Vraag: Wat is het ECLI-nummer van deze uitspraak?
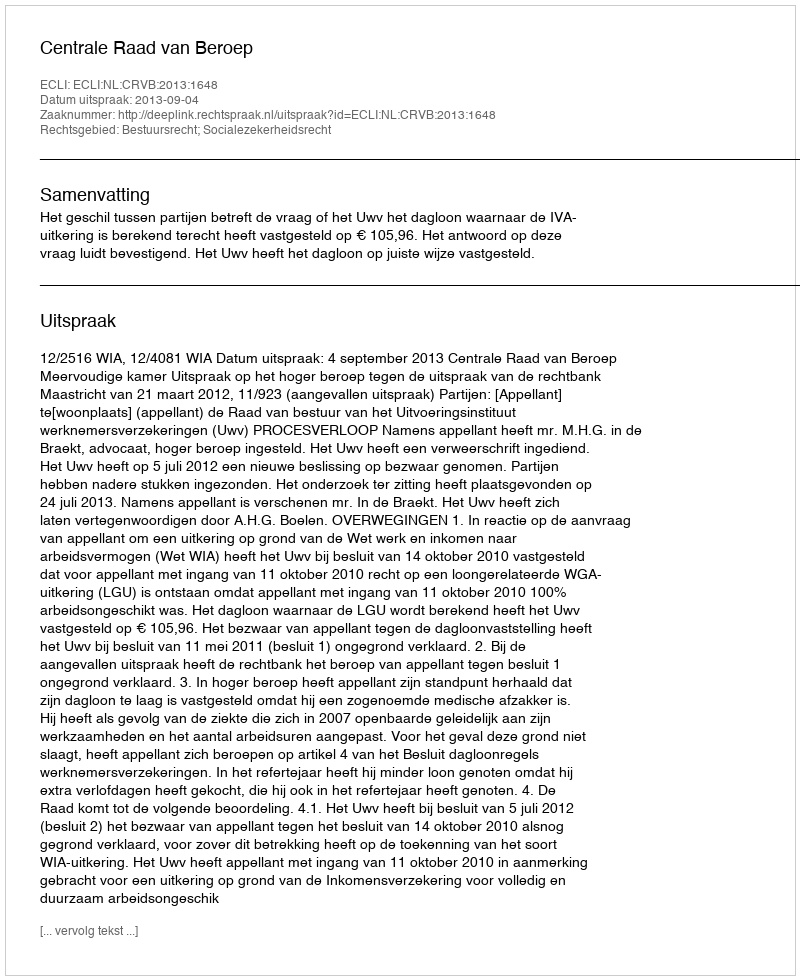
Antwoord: ECLI:NL:CRVB:2013:1648